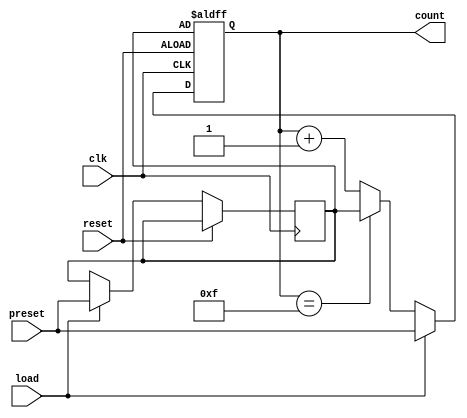
module PresettableCounter #(
    parameter N = 4 // Bit-width of the counter
)(
    input wire clk,          // Clock signal
    input wire reset,        // Asynchronous reset
    input wire [N-1:0] preset, // Preset value input
    input wire load,         // Load signal
    output reg [N-1:0] count // Current count output
);

    // Internal register to hold the preset value
    reg [N-1:0] preset_reg;

    // Maximum count value
    localparam MAX_COUNT = (1 << N) - 1;

    always @(posedge clk or posedge reset) begin
        if (reset) begin
            // On reset, load the counter with the preset value
            count <= preset_reg;
        end else if (load) begin
            // On load signal, load the preset value into the preset register
            preset_reg <= preset;
            count <= preset; // Load the preset value into the counter
        end else begin
            // Increment the counter
            if (count == MAX_COUNT) begin
                count <= preset_reg; // Roll over to preset value
            end else begin
                count <= count + 1; // Increment the counter
            end
        end
    end

endmodule